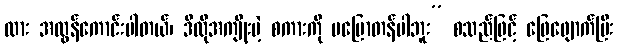
ထား အလွန်ကောင်းပါတယ်၊ ဒီလိုအကျိုးမဲ့ စကားကို မပြောတန်ပါဘူး” စသည်ဖြင့် ဖြေဖျောက်ပြီး